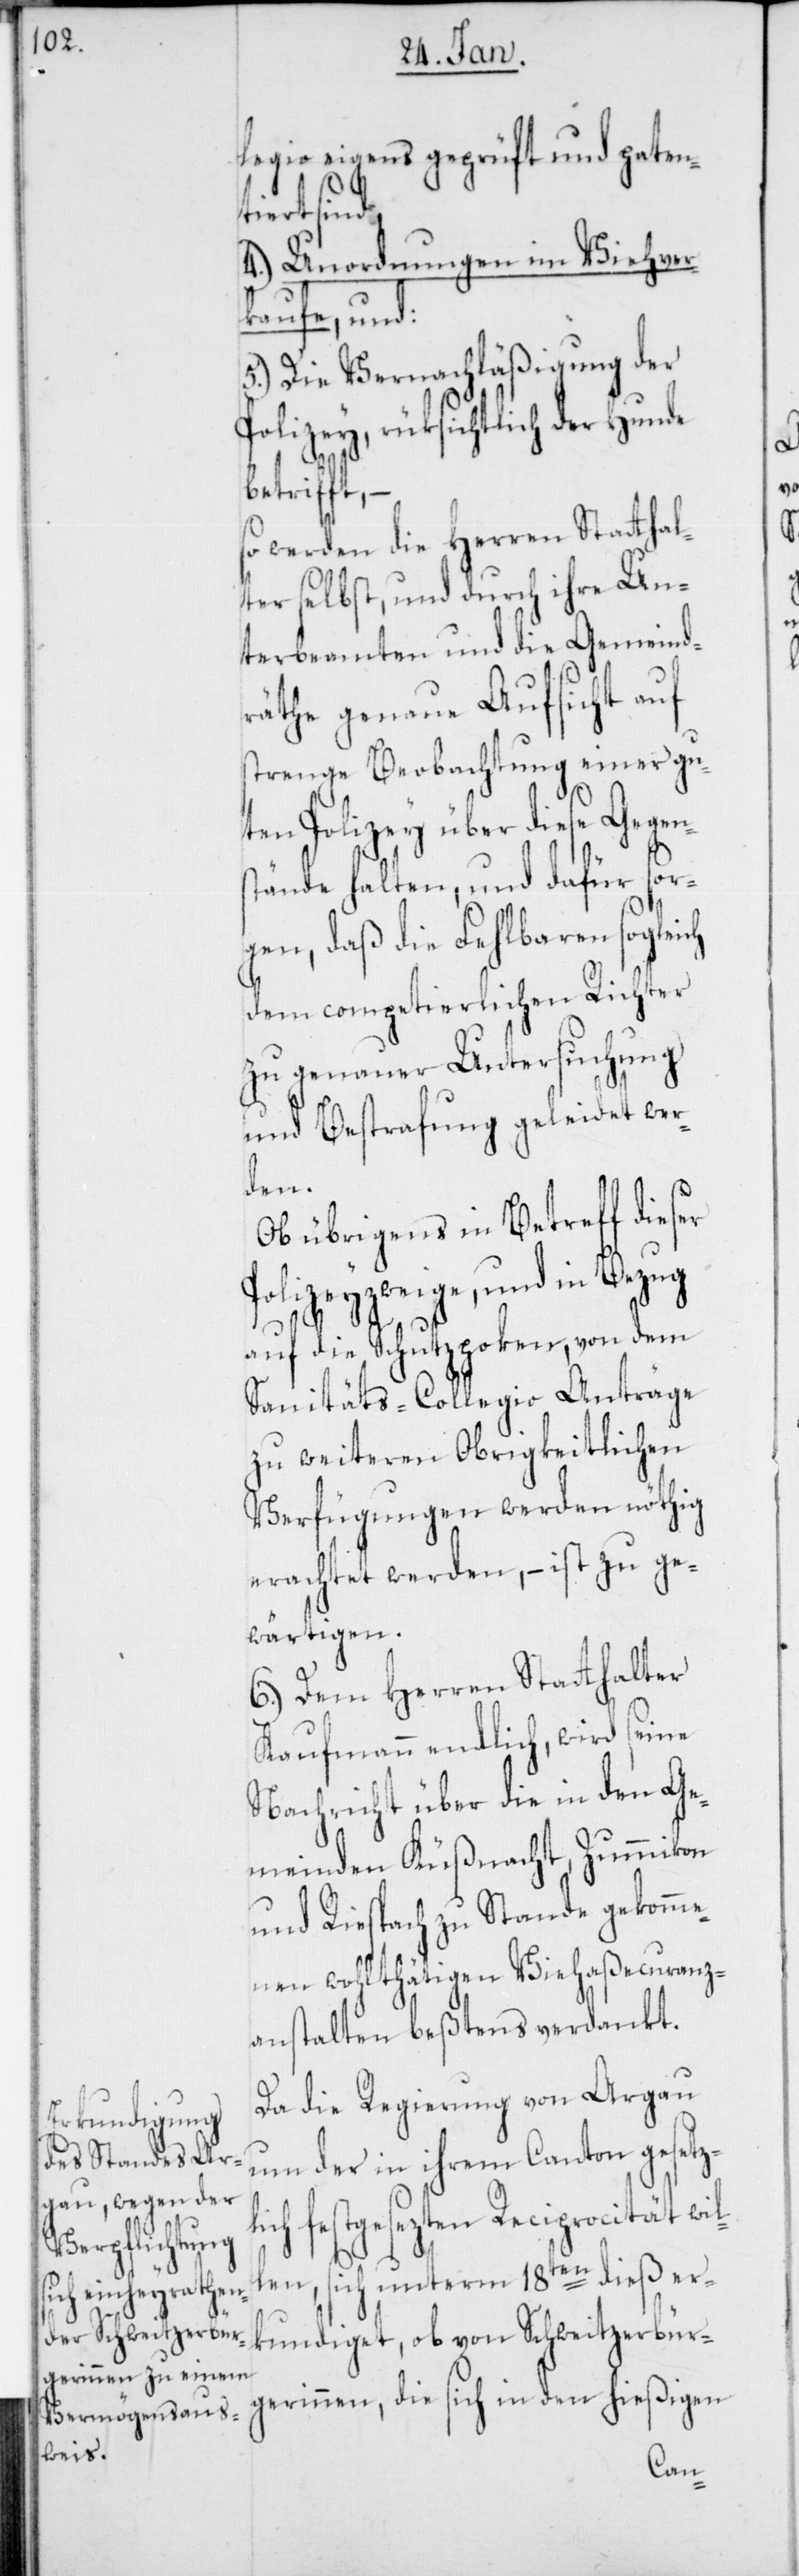
legio eigens geprüft und patent¬
iert sind,
4.) Anordnungen im Viehver¬
kaufe, und:
5.) Die Vernachläßigung der
Polizey, rüksichtlich der Hunde
betrifft,
so werden die Herren Statthal¬
ter selbst, und durch ihre Un¬
terbeamten und die Gemeind¬
räthe genaue Aufsicht auf
strenge Beobachtung einer gu¬
ten Polizey über diese Gegen¬
stände halten, und dafür sor¬
gen, daß die Fehlbaren sogleich
dem competierlichen Richter
zu genauer Untersuchung
und Bestrafung geleidet wer¬
den.
Ob übrigens in Betreff dieser
Polizeyzweige, und in Bezug
auf die Schutzpoken, von dem
Sanitäts-Collegio Anträge
zu weiteren Obrigkeitlichen
Verfügungen werden nöthig
erachtet werden, – ist zu ge¬
wärtigen.
6.) Dem Herren Statthalter
Kaufmann endlich, wird seine
Nachricht über die in den Ge¬
meinden Küßnacht, Zumikon
und Riesbach zustande gekomme¬
nen wohltätigen Viehaßecuranz¬
anstalten bestens verdankt.
Da die Regierung von Argau
um der in ihrem Canton gesetzl¬
ich festgesezten Reciprocität wil¬
len, sich unterm 18ten dieß er¬
kundiget, ob von Schweitzerbür¬
gerinnen, die sich in den hießigen